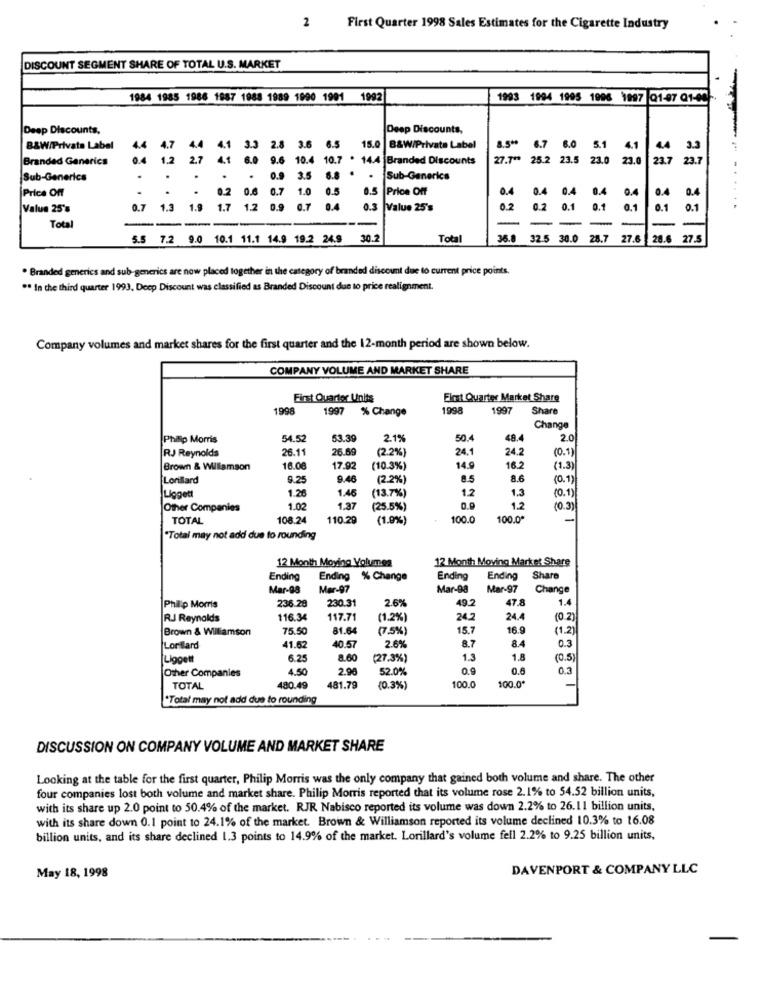
2 First Quarter 1998 Sales Estimates for the Cigarette Industry
DISCOUNT SEGMENT SHARE OF TOTAL U.S. MARKET
1984 1985 1986 1987 1988 1989 1990 1991 1992
1993 1994 1995 1996 1997 21-47 01-00
Deep Discounts.
Deep Discounts,
8.5 **
B&W/Private Label
4.4
4.7
4.4
4.1
2.8 3.6 6.5
15.0 B&W/Private Label
6.7 6.0
5.1
4.1
4
3.3
Branded Generics
04
1.2 2.7
4.1
6.0 9.6 10.4 10.7 . 14.4 Branded Discounts
27.7 **
25.2 23.5 23.0 23.0
23.7 23.7
Sub-Generics
.
9 3.5 6.8 ..
Sub-Generics
Price Off
0.6
0.7
0.5
Price Off
0.4
0.4
0.4
0.4
0.4
0.4
0.2
1.0 0.5
0.4
Value 25's
0.7 1.3 1.9 1.7
1.2 0.9
6.7
0.4
0.3
Value 25's
0.2
0.2
0.1
0.1
0.1
0.1
......
-
Total
--
---
5.5 7.2 9.0 10.1 11.1 14.9 19.2 24.9 30.2
Total
36.8
32.5
30.0
28.7 27.6
28.6
27.5
. Branded generics and sub-generics are now placed together in the category of branded discount due to current price points.
** In the third quarter 1993, Deep Discount was classified as Branded Discount due to price realignment.
Company volumes and market shares for the first quarter and the 12-month period are shown below.
COMPANY VOLUME AND MARKET SHARE
First Quarter Units
First Quarter Market Share
1998
1997
% Change
1998
1997
Share
Change
Philip Morris
54.52
53.39
2.1%
50.4
48.4
2.0
RJ Reynolds
26.11
26.69
(2.2%)
24.1
24.2
(0.1)
Brown & Williamson
16.00
17.9.
(10.3%)
14.9
16.2
(1.3)
Lonilard
9.25
9.46
(2.2%)
8.5
8.6
(0.1)
1.26
1.46
(13.7%)
12
1.3
(0.1
Liggett
Other Companies
1.02
1.37
(25.5%)
0.0
1.2
(0.3)
TOTAL
108.24
110.29
(1.9%)
100.0
100.0
"Total may not add due to rounding
12 Month Moving Volumes
12 Month Moving Market Share
Ending
Ending % Change
Ending
Ending
Share
Mar-98
Mar-97
Mar-98
Mar-97
Change
236.29
230.31
2.6%
49.2
47.8
1.4
Philip Morris
R.J Reynolds
116.34
117.71
(1.2%)
24.2
24.4
(0.2)
Brown & Williamson
75.50
81.64
(7.5%)
15.7
16.9
(1.2)
8.4
0.3
Lorilard
41.62
40.5
2.6%
8.7
Liggett
6.25
8.60
(27.3%)
1.3
1.8
(0.5)
Other Companies
4.50
2.98
52.0%
0.9
0.6
0.3
100.0*
TOTAL
480.49
481.79
(0.3%)
100.0
*Total may not add due to rounding
DISCUSSION ON COMPANY VOLUME AND MARKET SHARE
Looking at the table for the first quarter, Philip Morris was the only company that gained both volume and share. The other
four companies lost both volume and market share. Philip Morris reported that its volume rose 2.1% to 54.52 billion units,
with its share up 2.0 point to 50.4% of the market. RJR Nabisco reported its volume was down 2.2% to 26.11 billion units,
with its share down 0.1 point to 24.1% of the market. Brown & Williamson reported its volume declined 10.3% to 16.08
billion units, and its share declined 1.3 points to 14.9% of the market. Lorillard's volume fell 2.2% to 9.25 billion units,
May 18, 1998
DAVENPORT & COMPANY LLC